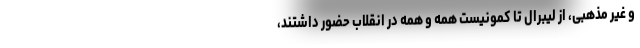
و غیر مذهبی، از لیبرال تا کمونیست همه و همه در انقلاب حضور داشتند،